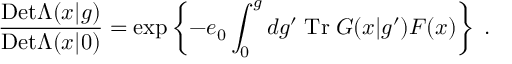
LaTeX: \frac { \mathrm { D e t } \Lambda ( x | g ) } { \mathrm { D e t } \Lambda ( x | 0 ) } = \exp \left\{ - e _ { 0 } \int _ { 0 } ^ { g } d g ^ { \prime } \; \mathrm { T r } \; { \cal G } ( x | g ^ { \prime } ) F ( x ) \right\} \; .